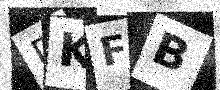
Text: DKFB